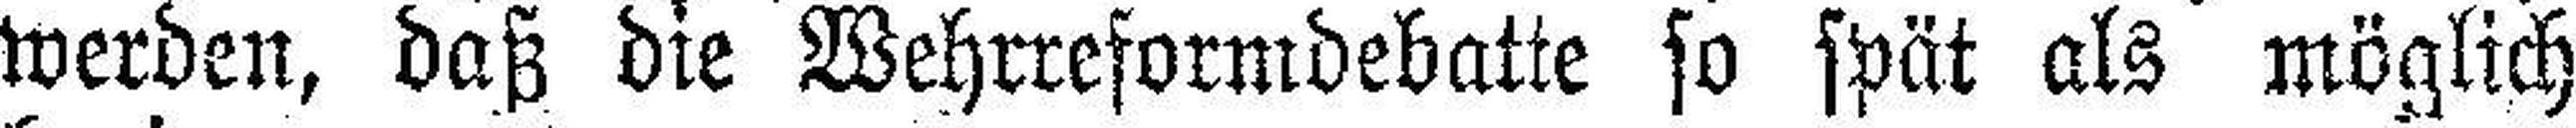
werden, daß die Wehrreformdebatte so spät als möglich